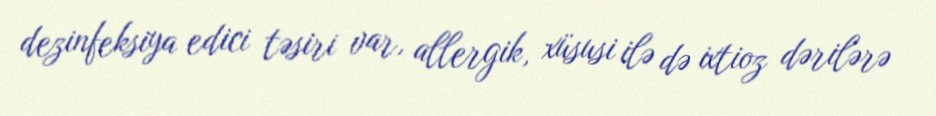
dezinfeksiya edici təsiri var, allergik, xüsusi ilə də ixtioz dərilərə